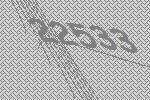
22533